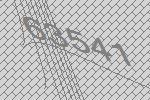
63541